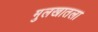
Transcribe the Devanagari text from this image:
मुलखातला